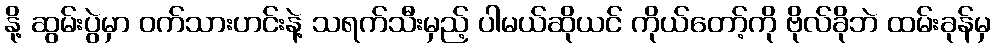
နို့ ဆွမ်းပွဲမှာ ဝက်သားဟင်းနဲ့ သရက်သီးမှည့် ပါမယ်ဆိုယင် ကိုယ်တော့်ကို ဗိုလ်ခိုဘဲ ထမ်းခုန်မှ